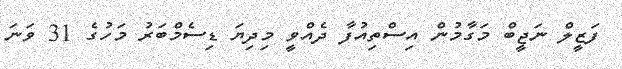
ފަޒީލް ނަޖީބް މަގާމުން އިސްތިއުފާ ދެއްވީ މިދިޔަ ޑިސެމްބަރު މަހުގެ 31 ވަނަ